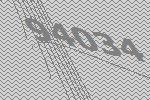
94034